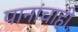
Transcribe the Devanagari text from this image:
पानांचाही